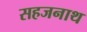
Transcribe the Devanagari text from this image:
सहजनाथ